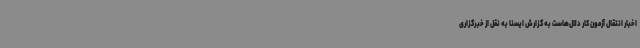
اخبار انتقال آزمون کار دلال‌هاست به گزارش ایسنا به نقل از خبرگزاری